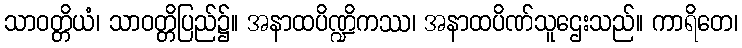
သာဝတ္တိယံ၊ သာဝတ္တိပြည်၌။ အနာထပိဏ္ဍိကဿ၊ အနာထပိဏ်သူဌေးသည်။ ကာရိတေ၊